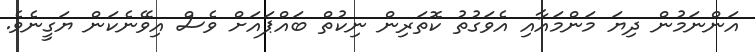
އަންނަމުން ދިޔަ މަންމައާއި އެވަގުތު ކޮތަރިން ނިކުތް ބައްޕައަށް ވެސް އިވޭނެކަން ޔަގީނެވެ.